Vaabina_vallavalitsus, lk 132
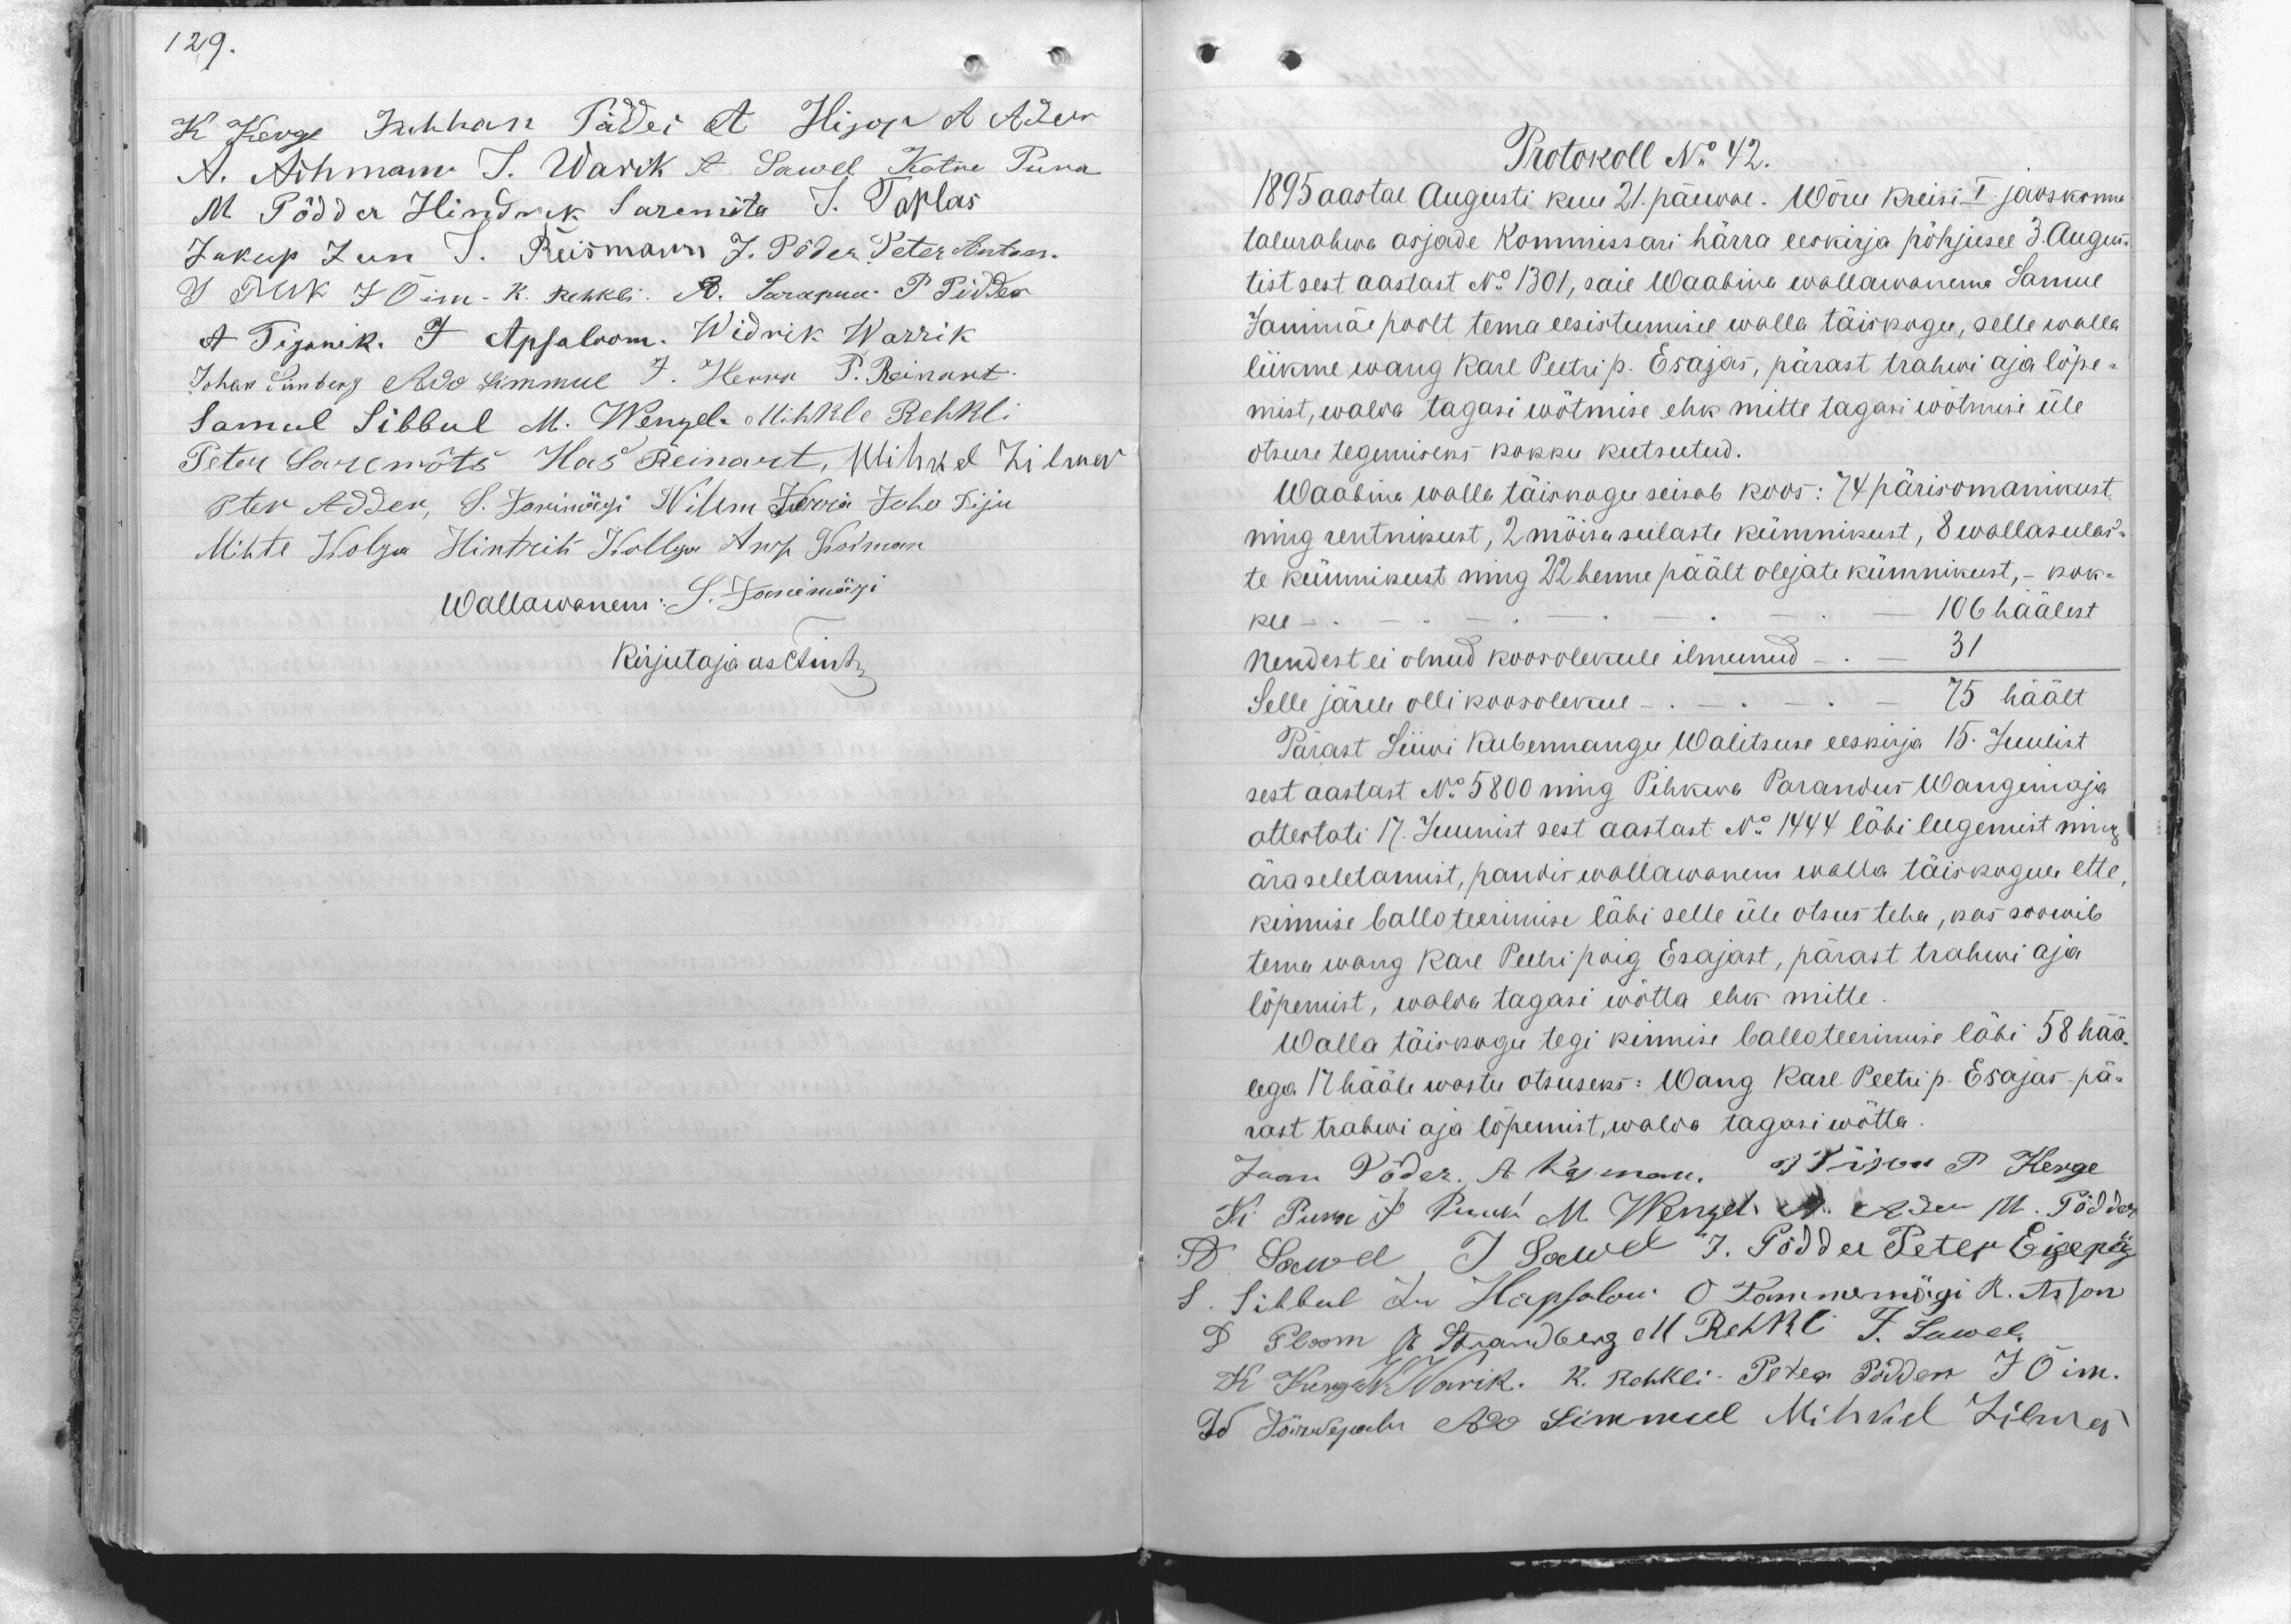
129.

K Keirge Juhhan Põdder A Hijop A Ader
A. Aihman J. Warik J. Sawel Katre Puna
M. Põdder Hindrik Saremita J. Taplas
Jakup Jun J. Reismann J. Põder Peter Anton.
J Puk J Õim - K. Rehkli. A. Sarapuu P. Põdder
A Tiganik. J. Apsaloom. Widrik Warrik
Johan Simberg Ado Simmul J. Herra P. Reinart.
Samuel Sibbul M. Wengel Mihkle Rehkli
Peter Saremõts Has Reinart, Mihkel Lilmar
Pter Adder, S. Janimägi Wilem Jürra Juho Piju
Mihte Kolga Hintrik Kollga Ants. Karman
Wallawanem: S. Janimägi
Kirjutaja asetud

Protokoll N: 42.
1895 aastal Augusti kuu 21. päewal. Wõru Kreisi I jaoskonna
talurahwa asjade Kommissari härra eeskirja põhjusel 3. Augus-
tist sest aastast No 1301, saie Waabina wallawanema Samuel
Janimäe poolt tema eesistumise walla täiskogu, selle walla
liikme wang Karl Peetri p. Esajas, pärast trahwi aja lõpe-
mist, walda tagasi wõtmise ehk mitte tagasi wõtmise üle
otsuse tegemiseks kokku kutsutud.
Waabina walla täiskogu seisab koos: 74 pärisomanikust
ning rentnikust, 2 mõisa sulaste kümnikust, 8 wallasulas-
te kümnikust ning 22 henne päält olejate kümnikust, - kok-
ku - " - 106 häälest
Nendest ei olnud koosolekule ilmunud - . - 31
Selle järele olli koosolekul - . - . - . - 75 häält
Pärast Liiivi Kubermangu Walitsuse eeskirja 15. Juulist
sest aastast No 5800 ning Pihkwa Parandus Wangimaja
attertati 17. Juunist sest aastast No 1444 läbi lugemist ning
ära seletamist, pandis wallawanem walla täiskogule ette
kinnise ballateerimise läbi selle üle otsus teha, kas soowib
tema wang Kare Peetri poig Esajast, pärast trahwi aja
lõpemist, walda tagasi wõtta ehk mitte
Walla täiskogu tegi kinnise ballateerimise läbi 58 hää
lega 17 hääle wastu otsuseks: Wang Karl Peetri p. Esajas pä-
rast trahwi aja lõpemist, walda tagasi wõtta.
Jaan Põder, A. Kyman, J Jinson P. Kerge
K Punn J Puuli M. Wengel A. Ader M. Pödder
A. Sawel J. Sawuel J. Põdder Peter Eigepä
S. Sibbul Ju Hapsalom O. Tammemägi R. Anton
D Ploom J. Strandberg M. Rehkli J. Sawel,
K Kurgi W. Warik. K. Rehkli Peter Põdder J Õim.
W Jõrwejaalu Ado Simmel Mihkel Lilmes